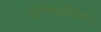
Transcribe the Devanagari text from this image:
सुसंस्कृतिकता